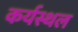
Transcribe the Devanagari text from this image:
कर्यस्थल